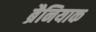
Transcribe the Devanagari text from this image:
ब्रैनियाक